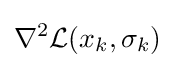
\nabla ^{2}{\mathcal {L}}(x_{k},\sigma _{k})